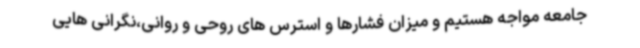
جامعه مواجه هستیم و میزان فشارها و استرس های روحی و روانی،نگرانی هایی